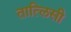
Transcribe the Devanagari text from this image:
तात्लिसी